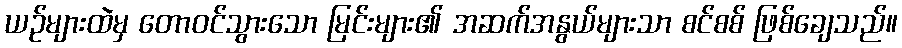
ယဉ်များထဲမှ တောဝင်သွားသော မြင်းများ၏ အဆက်အနွယ်များသာ စင်စစ် ဖြစ်ချေသည်။